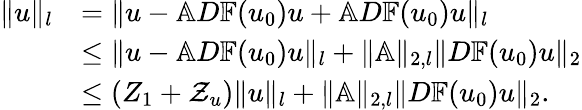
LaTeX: \begin{array}{rl}{\| u\| _{l}}&{=\| u-\mathbb{A}D\mathbb{F}(u_{0})u+\mathbb{A}D\mathbb{F}(u_{0})u\| _{l}}\\ &{\leq\| u-\mathbb{A}D\mathbb{F}(u_{0})u\| _{l}+\| \mathbb{A}\| _{2,l}\| D\mathbb{F}(u_{0})u\| _{2}}\\ &{\leq\left(Z_{1}+\mathcal{Z}_{u}\right)\| u\| _{l}+\| \mathbb{A}\| _{2,l}\| D\mathbb{F}(u_{0})u\| _{2}.}\end{array}